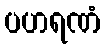
ပဟရဏံ